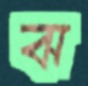
ঝ